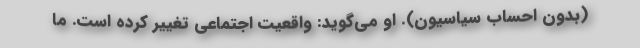
(بدون احساب سیاسیون). او می‌گوید: واقعیت اجتماعی تغییر کرده است. ما